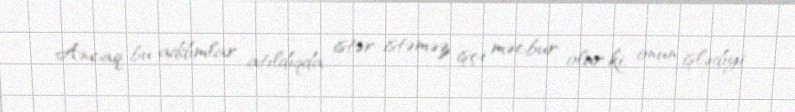
Ancaq bu addımlar atıldıqda istər-istəməz işçi məcbur olur ki, onun işlədiyi